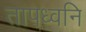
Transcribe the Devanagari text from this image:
तापध्वनि